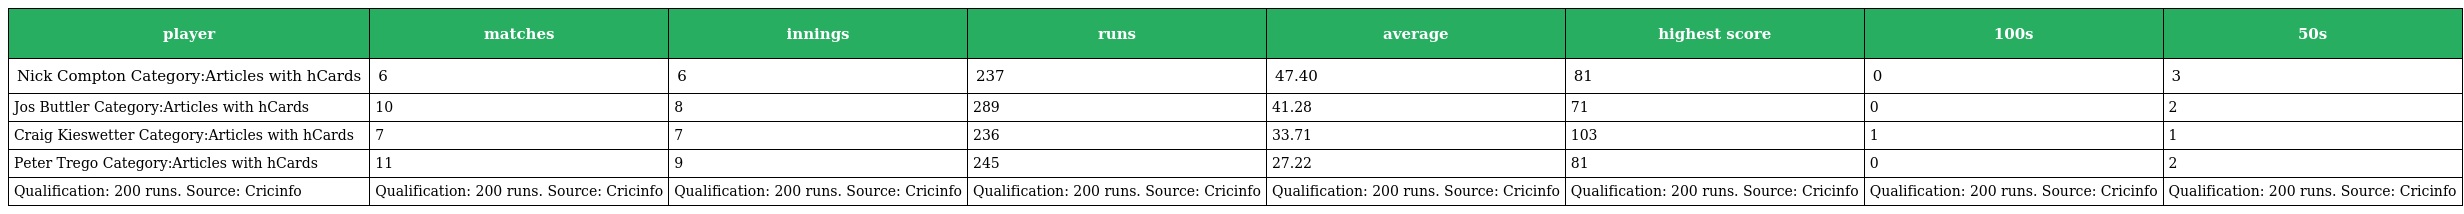
| player | matches | innings | runs | average | highest score | 100s | 50s |
 | --- | --- | --- | --- | --- | --- | --- | --- |
 | Nick Compton Category:Articles with hCards | 6 | 6 | 237 | 47.40 | 81 | 0 | 3 |
 | Jos Buttler Category:Articles with hCards | 10 | 8 | 289 | 41.28 | 71 | 0 | 2 |
 | Craig Kieswetter Category:Articles with hCards | 7 | 7 | 236 | 33.71 | 103 | 1 | 1 |
 | Peter Trego Category:Articles with hCards | 11 | 9 | 245 | 27.22 | 81 | 0 | 2 |
 | Qualification: 200 runs. Source: Cricinfo | Qualification: 200 runs. Source: Cricinfo | Qualification: 200 runs. Source: Cricinfo | Qualification: 200 runs. Source: Cricinfo | Qualification: 200 runs. Source: Cricinfo | Qualification: 200 runs. Source: Cricinfo | Qualification: 200 runs. Source: Cricinfo | Qualification: 200 runs. Source: Cricinfo |